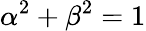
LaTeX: \alpha^{2}+\beta^{2}=1